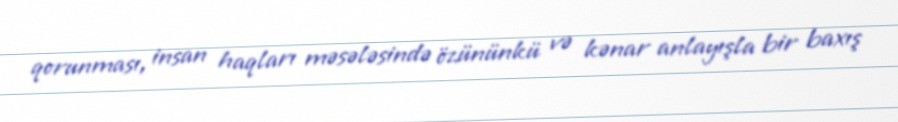
qorunması, insan haqları məsələsində özününkü və kənar anlayışla bir baxış